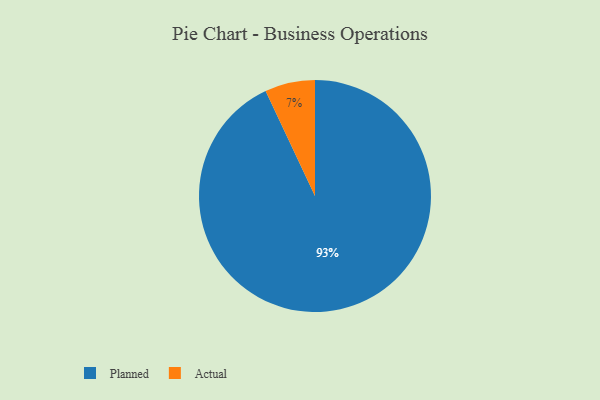
{"axis": {"x": "Category", "y": "Percentage"}, "legend": ["Actual", "Planned"], "data": [{"x": "Actual", "y": 7, "type": "Actual"}, {"x": "Planned", "y": 93, "type": "Planned"}]}